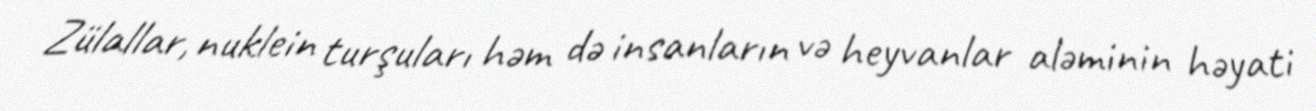
Zülallar, nuklein turşuları həm də insanların və heyvanlar aləminin həyati